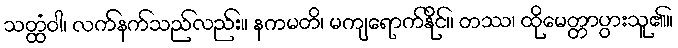
သတ္ထံဝါ၊ လက်နက်သည်လည်း။ နကမတိ၊ မကျရောက်နိုင်။ တဿ၊ ထိုမေတ္တာပွားသူ၏။